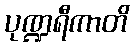
ပုဏ္ဍရီကာတိ